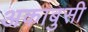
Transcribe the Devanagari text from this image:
अकाबुसी